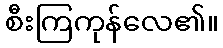
စီးကြကုန်လေ၏။